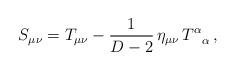
LaTeX: \begin{align*}S_{\mu\nu}=T_{\mu\nu}-\frac{1}{D-2}\,\eta_{\mu\nu}\,T^{\alpha}_{\;\;\;\alpha}\,, \end{align*}